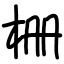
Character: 栅